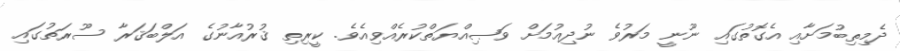
ދެމިތިބުމަށާއި އެގޮތުގައި ނޫނީ މަރުވެ ނުދިއުމަށް ވަޞިއްޔަތްކުރެއްވިއެވެ. ކީރިތި ޤުރުއާނުގެ އަލްބަޤަރާ ސޫރަތުގައި